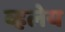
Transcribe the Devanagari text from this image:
व्हलेय